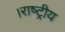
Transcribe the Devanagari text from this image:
।राष्ट्रीय